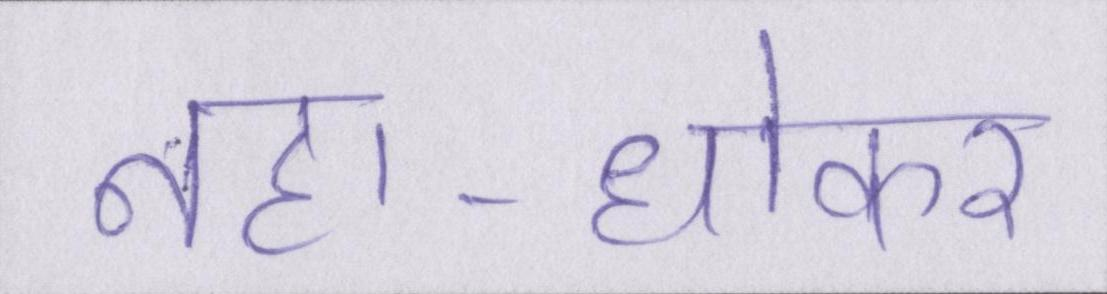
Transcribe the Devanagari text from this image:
नहा-धोकर